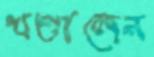
খণ্ডালেন